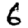
Digit: 6